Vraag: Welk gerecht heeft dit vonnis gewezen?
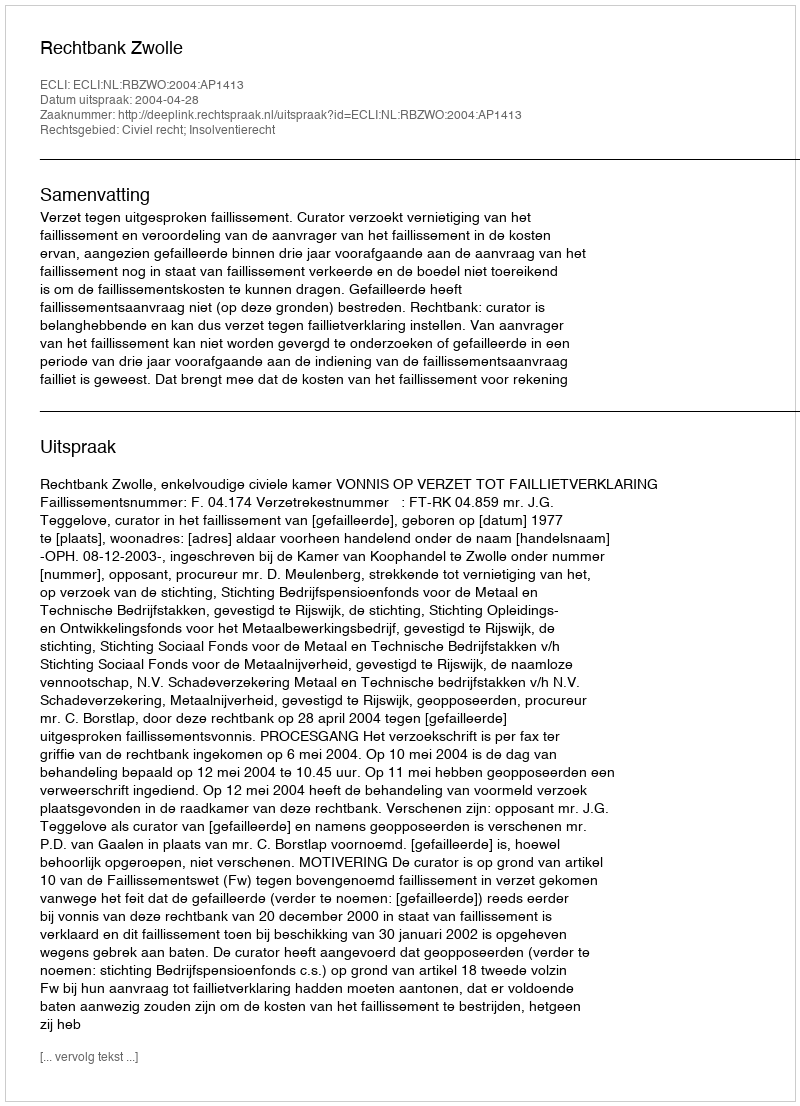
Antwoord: Rechtbank Zwolle